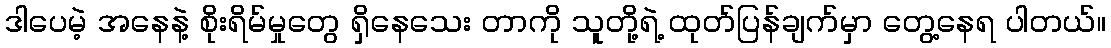
ဒါပေမဲ့ အနေနဲ့ စိုးရိမ်မှုတွေ ရှိနေသေး တာကို သူတို့ရဲ့ ထုတ်ပြန်ချက်မှာ တွေ့နေရ ပါတယ်။